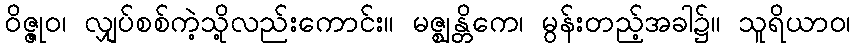
ဝိဇ္ဇုဝ၊ လျှပ်စစ်ကဲ့သို့လည်းကောင်း။ မဇ္ဈန္တိကေ၊ မွန်းတည့်အခါ၌။ သူရိယာဝ၊